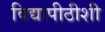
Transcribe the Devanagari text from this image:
विद्यापीठीशी